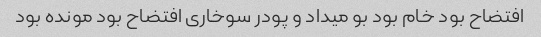
افتضاح بود خام بود بو میداد و پودر سوخاری افتضاح بود مونده بود